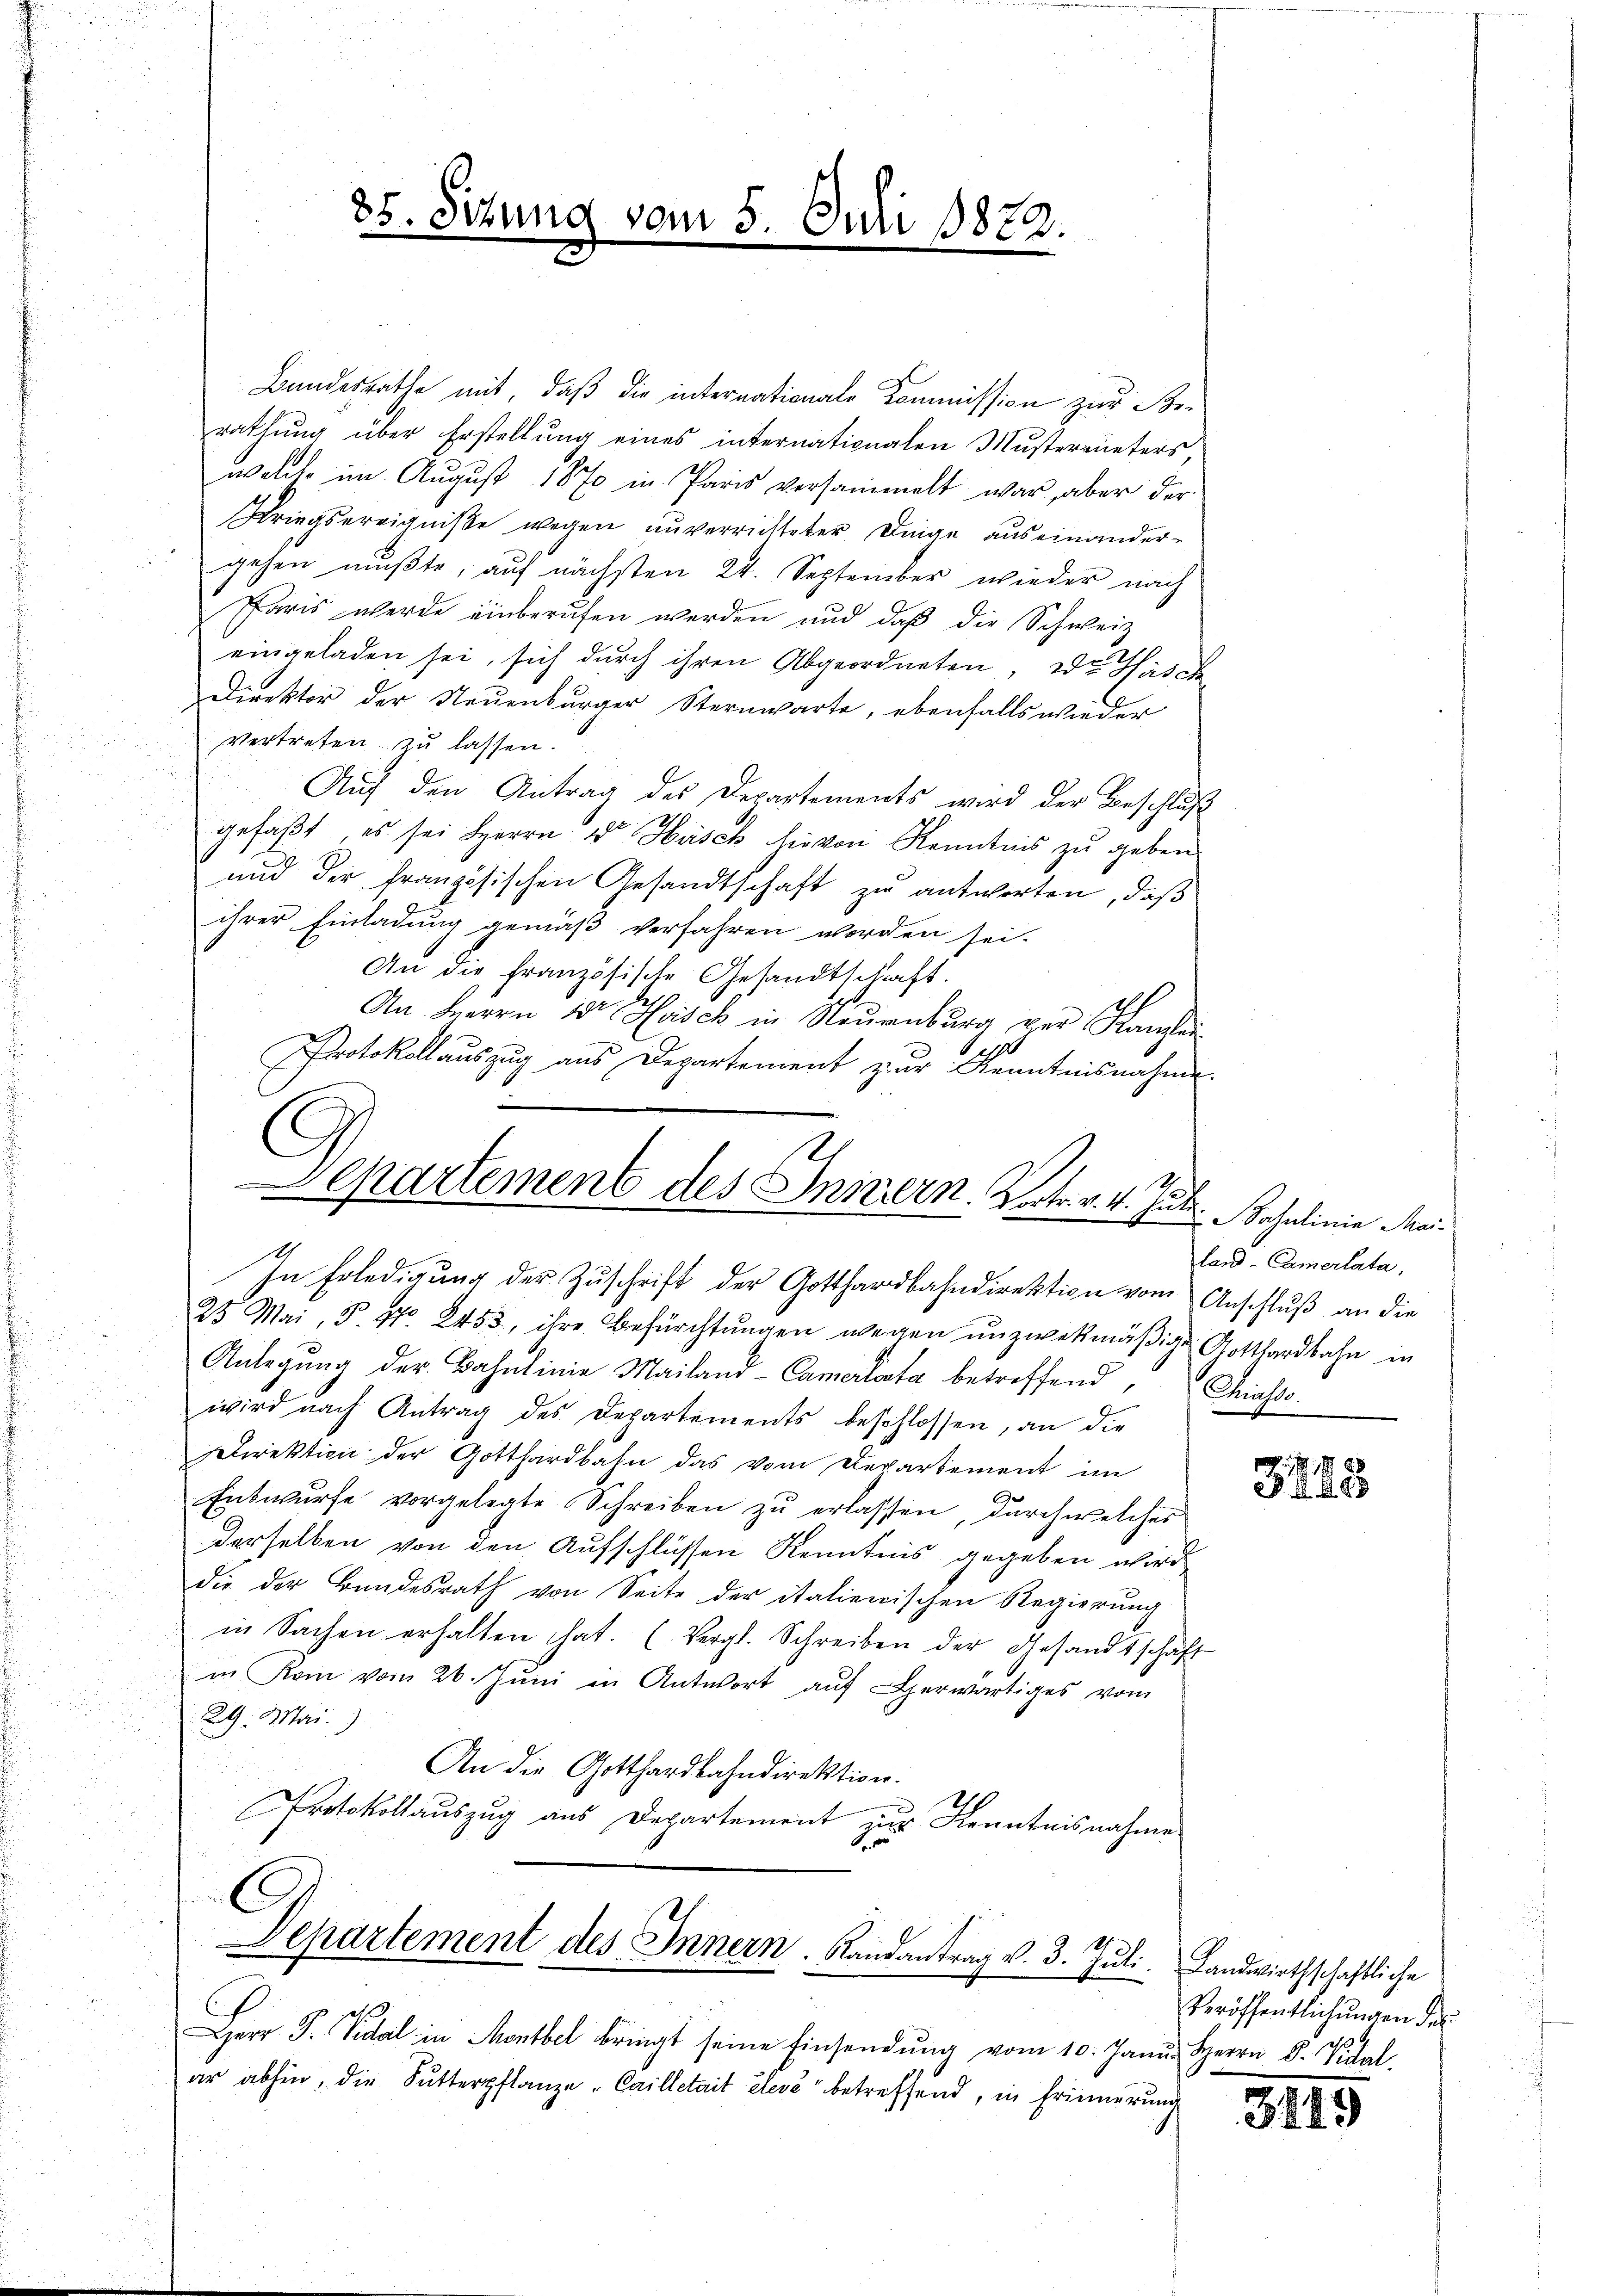
85. Sitzun

2 vom 5. Juli 1872.

Bandesrathe mit, daß die internationals Kommission zur Berathung über Erstellung eines internationalen Musterrieters
welche im August 1870 in Paris versammelt war, aber der
Kriegsereigniße wegen unverrichteter Dinge auseinandergehen mußte, auf nächsten 24. September wieder nach
Paris werde einberufen werden und daß die Schweiz
eingeladen sei, sich durch ihren Abgeordneten, die Häsch
Direktor der Neuenburger Sternwarte, ebenfalls wieder
vertreten zu lassen.
Auf den Antrag des Departements wird der Beschluß
gefaßt, es sei Herrn Dr Hüsch hievon Kenntnis zu geben
und der französischen Gesandtschaft zu antworten, daß
ihrer Einladung gemäß verfahren worden sei.
An die französische Gesandtschaft.
An Herrn Dr. Hasch in Neuenburg vor Kanzen
.
Protokollauszug aus Departement zur Kenntnisnahme.
25 Mai, P. Nr. 2453, ihre Befürchtungen wegen unzwekmäßige Gotthardbahn in
Anlegung der Bahnlinie Mailand-Camerlinta betreffend, Chiasswird nach Antrag des Departements beschlossen, an die
Direktion der Gotthardbahn das vom Departement im
Entwurfe vorgelegte Schreiben zu erlassen, durch welches
derselben von den Aufschlüssen Kenntnis gegeben wird,
die der Bundesrath von Seite der italienischen Regierung
in Sachen erhalten hat. (Vergl. Schreiben der Gesandtschäft
in Kam vom 26. Jŭni in Antwort aŭf erwärtiges vom
29. Mai.)
An die Gotthardbahndirektion.
Protokollauszug aus Departement zur Kenntnisnahme
Departement des Innern. Landantrag v. 3. Juli. Landwirthschaftliche
Herr J. Pedel in Montbel bringt seine Einsendŭng vom 10. Janŭr Herrn D. Vital
ar abhin, die Sutterpflanze "Cailletait élevé betreffend, in Erinnerunge
1

Departement des Innern, Vater 4. Jahr. Rosalinie der
In Erledigung der Zŭschrift der Gotthardbahndirektion vom Anschluß an die

land-Camerlata,

3243

Veröffentlichungen des

3145